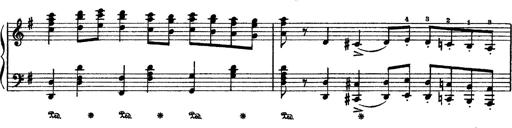
Title: Sarabande und Chaconne aus dem Singspiel
Composer: Franz Liszt